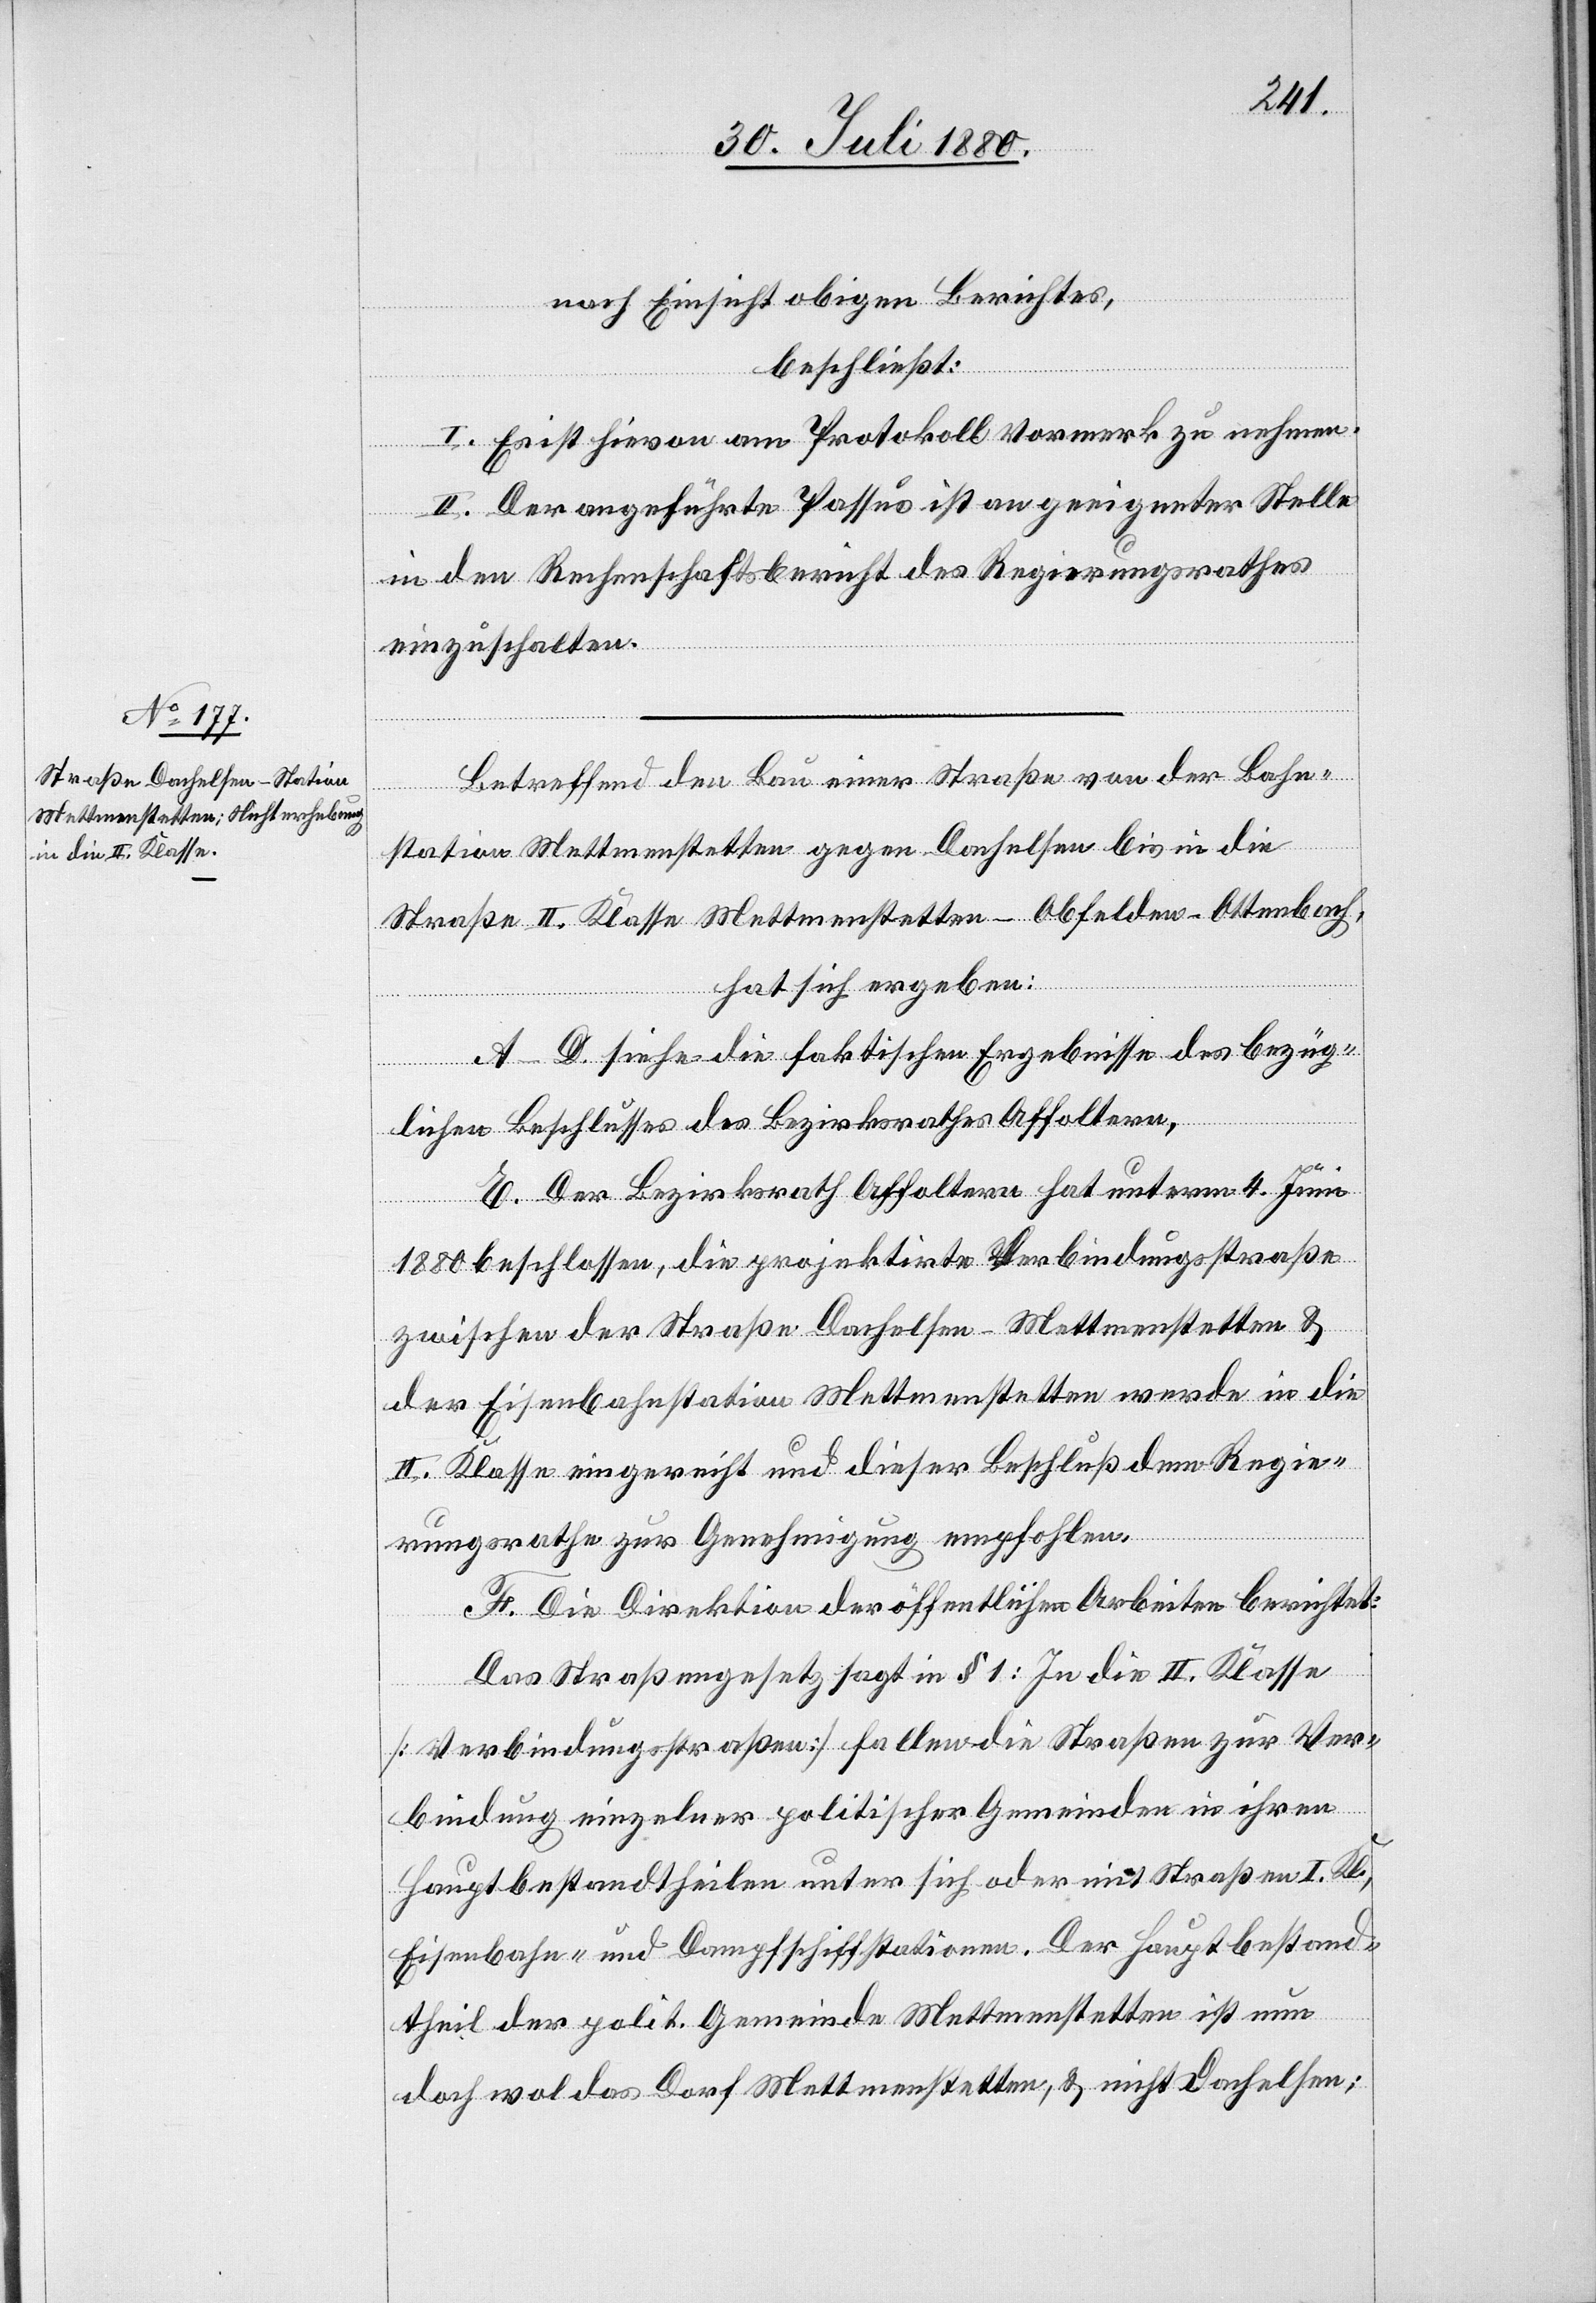
Betreffend den Bau einer Straße von der Bahn¬
station Mettmenstetten gegen Dachelsen bis in die
Straße II. Klasse Mettmenstetten–Obfelden–Ottenbach,
hat sich ergeben:
A.–D. Siehe die faktischen Ergebnisse des bezüg¬
lichen Beschlusses des Bezirksrathes Affoltern.
E. Der Bezirksrath Affoltern hat unterm 4. Juni
1880 beschlossen, die projektirte Verbindungsstraße
zwischen der Straße Dachelsen–Mettmenstetten &
der Eisenbahnstation Mettmenstetten werde in die
II. Klasse eingereicht und dieser Beschluß dem Regie¬
rungsrathe zur Genehmigung empfohlen.
F. Die Direktion der öffentlichen Arbeiten berichtet:
Das Straßengesetz sagt in § 1: In die II. Klasse
[Verbindungsstraßen] fallen die Straßen zur Ver¬
bindung einzelner politischer Gemeinden in ihren
Hauptbestandtheilen unter sich oder mit Straßen I. Kl.,
Eisenbahn- und Dampfschiffstationen. Der Hauptbestand¬
theil der polit. Gemeinde Mettmenstetten ist nun
doch wol das Dorf Mettmenstetten, & nicht Dachelsen;